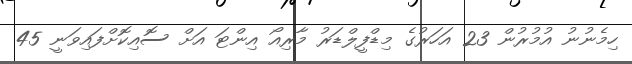
ހިމެނުނު އުމުރުން 23 އަހަރުގެ މިޑްފީލްޑަރު މާރިއޯ އިންޓަ އަށް ސޮއިކޮށްފައިވަނީ 45